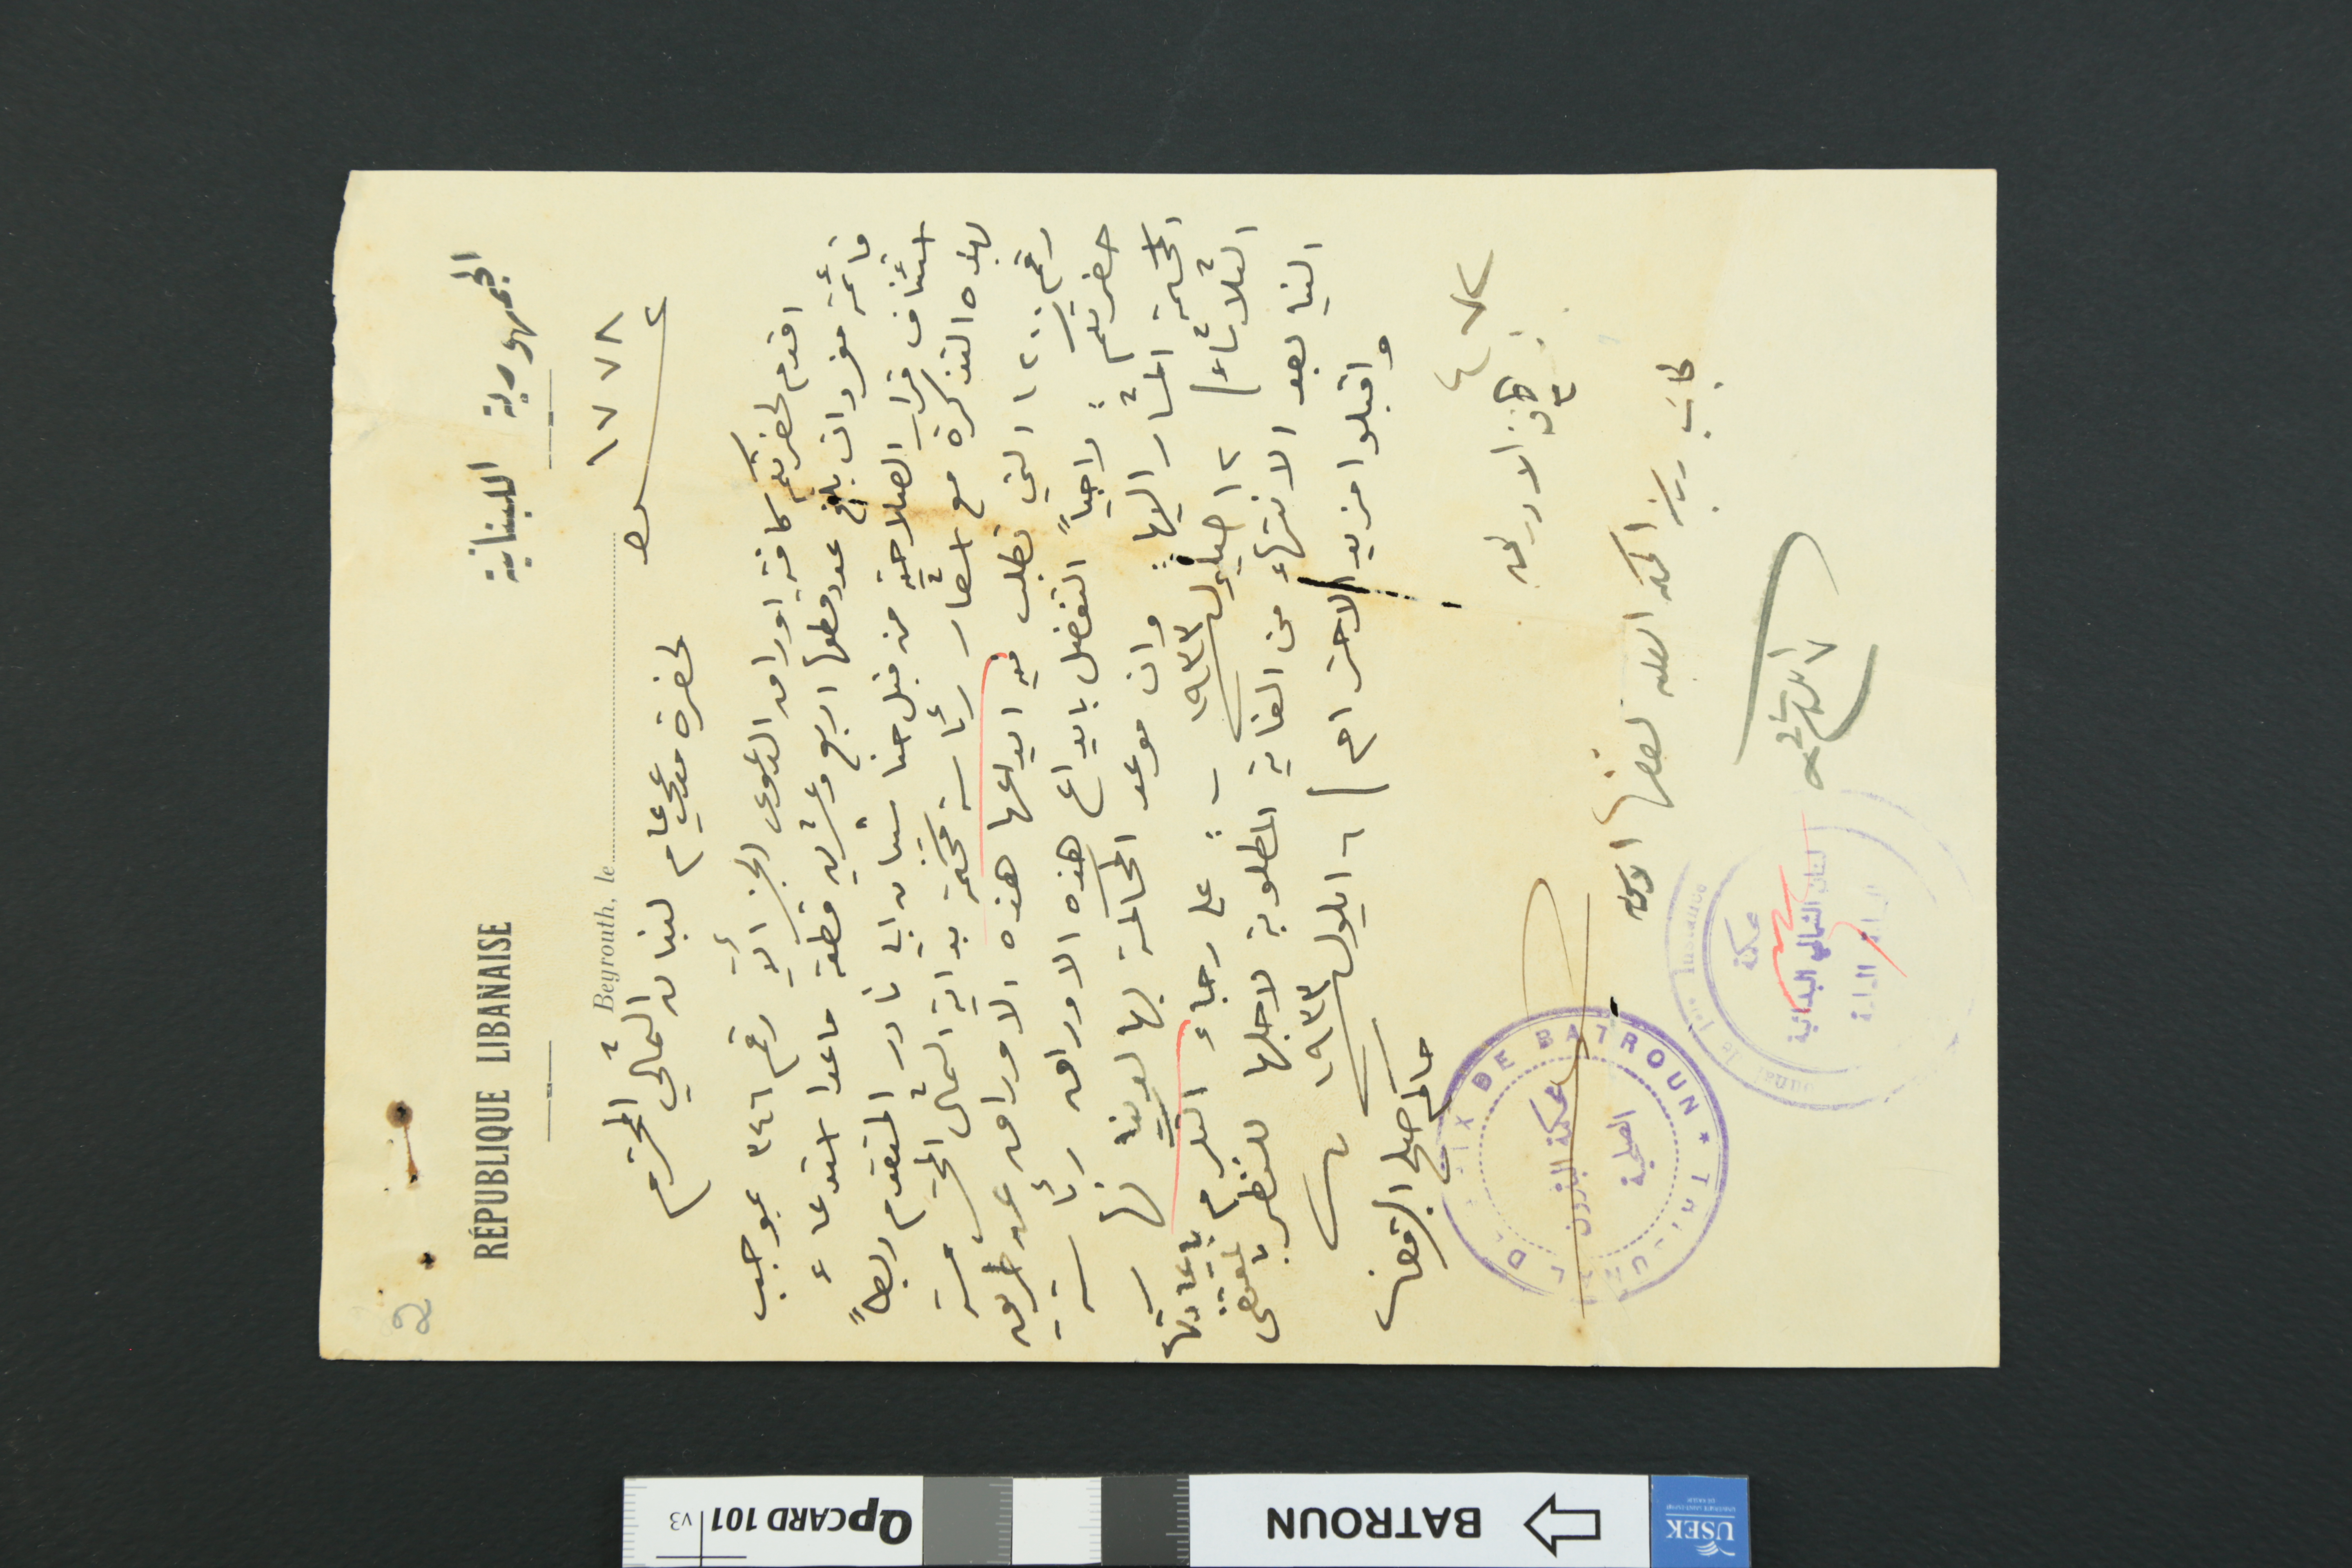
2
الجمهورية اللبنانية					RÉPUBLIQUE LIBANAISE
عدد ١٧٧٨					Beyrouth, le
لحضرة مدعي عام لبنان الشمالي المحترم
اقدم لحضرتكم كافة اوراق الدعوى الجزأية رقم ٣٤٦ بموجب
قائمة مفردات بلغ عدد قطعها اربع وعشرين قطعة ما عدا استدعاء
استئناف قرار الصلاحية من قبل حنا شيبان ابي نادر المتقدم ربطاً
بهذه التذكرة مع اشعار رئاسة محكمة بداية الشمال المحترمة
رقم ١٢٠٠ التي تطلب فيه ايداعها هذه الاوراق عن طريق
حضرتكم : راجياً التفضل بايداع هذه الاوراق رئاسة
المحكمة المشار اليها : وان موعد المحاكمة بها لدينا نهار
الثلاثاء / ايلول سنة ١٩٣٣ - : على رجاء التكرم باعادتها
الينا بعد الانتهاء من الغاية المطلوبة لاجلها للنظر بالمقتضى
واقبلو مزيد / الاحترام / ٦ ايلول سنة ١٩٣٣
حاكم صلح البترون
٤٧٢ مع كافة الاوراق
لجانب رياسة المحكمه الصلحيه لقضا الاساس
محكمة البترون الصلحية
٧ ايلول ٩٣٢	محكمة لبنان الشمالي البدائية النيابة العامة